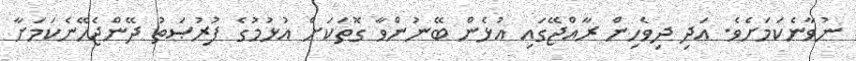
ނުވާނެކަމަށެވެ. އަދި ދިވެހިން ރާއްޖޭގައި އުޅެން ބޭނުންވާ ގޮތަކަށް އުޅުމުގެ ފުރުޞަތު ދޭންޖެހޭނެކަމަށާ